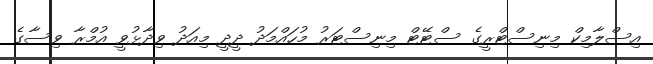
އިސްލާމިކް މިނިސްޓްރީގެ ސްޓޭޓް މިނިސްޓަރު މުހައްމަދު ދީދީ މިއަދު ވިދާޅުވީ އުމްރާ ވިސާގެ